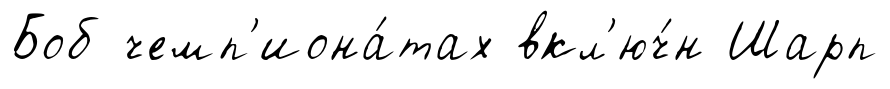
Боб чемп'иона́тах вкл'юч́н Шарп